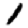
Digit: 1